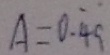
A = 0 . \dot { 4 } \dot { 9 }